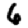
Digit: 6